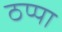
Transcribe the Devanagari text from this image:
ठप्‍पा